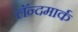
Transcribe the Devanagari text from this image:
लॅन्दमार्क